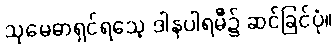
သုမေဓာရှင်ရသေ့ ဒါနပါရမီ၌ ဆင်ခြင်ပုံ။